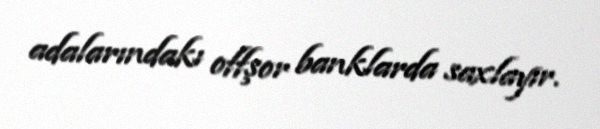
adalarındakı offşor banklarda saxlayır.